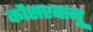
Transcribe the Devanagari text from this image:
कौसरबानू